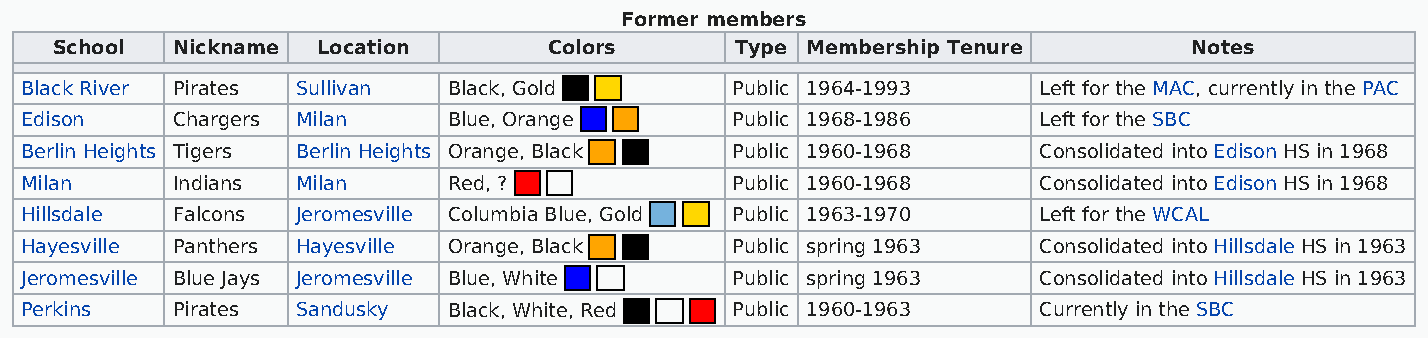
Former members
 School  Nickname  Location       Colors       Type Membership Tenure        Notes
 Black River Pirates Sullivan Black, Gold       Public 1964-1993     Left for the MAC, currently in the PAC
 Edison    Chargers Milan     Blue, Orange      Public 1968-1986     Left for the SBC
 Berlin Heights Tigers Berlin Heights Orange, Black Public 1960-1968 Consolidated into Edison HS in 1968
 Milan     Indians  Milan     Red, ?            Public 1960-1968     Consolidated into Edison HS in 1968
 Hillsdale Falcons  Jeromesville Columbia Blue, Gold Public 1963-1970 Left for the WCAL
 Hayesville Panthers Hayesville Orange, Black   Public spring 1963   Consolidated into Hillsdale HS in 1963
 Jeromesville Blue Jays Jeromesville Blue, White Public spring 1963  Consolidated into Hillsdale HS in 1963
 Perkins   Pirates  Sandusky  Black, White, Red Public 1960-1963     Currently in the SBC